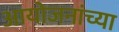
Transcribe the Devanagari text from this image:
आयोजनांच्‍या